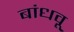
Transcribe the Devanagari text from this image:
बांधवू